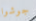
جوشوا